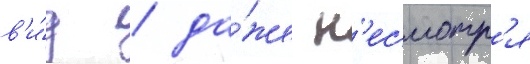
в'и́д / да́же н'есмотр'я